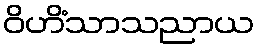
ဝိဟိံသာသညာယ